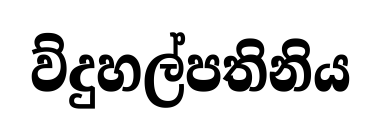
ව්දුහල්පතිනිය